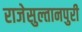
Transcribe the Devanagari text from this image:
राजेसुल्तानपुरी